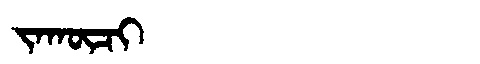
Manchu: ᠵᠠᡴᡡᠴᡳ
Romanization: JAKŪCI